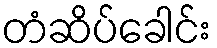
တံဆိပ်ခေါင်း